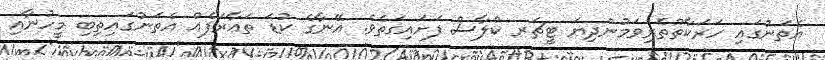
އެތަނުގައި ހަރަކާތްތެރިވަމުންދިޔަ ޓީޗަރ ކްލާސް ފަށައިގަތެވެ. އޭނާގެ ކުޑަ ތަޢާރަފެއް އެތަނުގައިތިބި މީހުނާއި